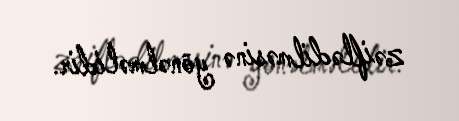
zəiflədilməsinə yönəlməlidir.